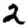
Digit: 2